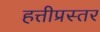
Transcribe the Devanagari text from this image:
हत्तीप्रस्तर